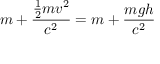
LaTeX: m + { \frac { { \frac { 1 } { 2 } } m v ^ { 2 } } { c ^ { 2 } } } = m + { \frac { m g h } { c ^ { 2 } } }